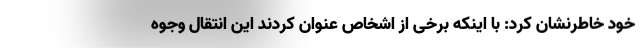
خود خاطرنشان کرد: با اینکه برخی از اشخاص عنوان کردند این انتقال وجوه